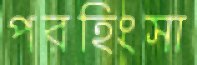
পরহিংসা